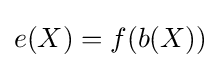
e(X)=f(b(X))